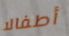
أطفالا